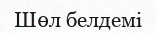
Шөл белдемі